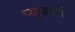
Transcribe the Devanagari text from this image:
प्यूबली